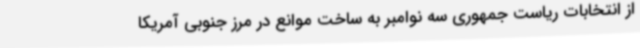
از انتخابات ریاست جمهوری سه نوامبر به ساخت موانع در مرز جنوبی آمریکا